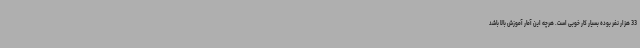
33 هزار نفر بوده بسیار کار خوبی است. هرچه این آمار آموزش بالا باشد